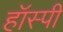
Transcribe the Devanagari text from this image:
हॉस्पी